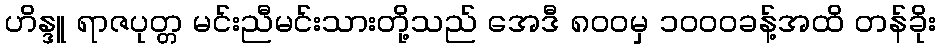
ဟိန္ဒူ ရာဇပုတ္တ မင်းညီမင်းသားတို့သည် အေဒီ ၈၀၀မှ ၁၀၀၀ခန့်အထိ တန်ခိုး